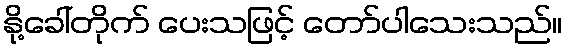
နို့ခေါ်တိုက် ပေးသဖြင့် တော်ပါသေးသည်။